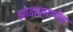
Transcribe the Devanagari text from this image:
झाडाप्रमाणेच